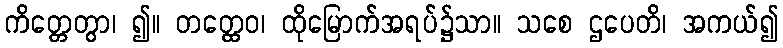
ကိတ္တေတွာ၊ ၍။ တတ္ထေဝ၊ ထိုမြောက်အရပ်၌သာ။ သစေ ဌပေတိ၊ အကယ်၍